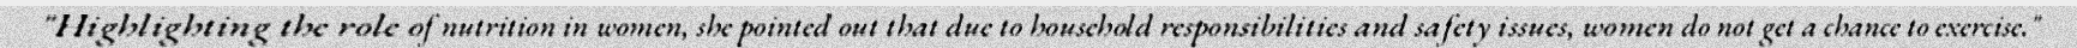
"Highlighting the role of nutrition in women, she pointed out that due to household responsibilities and safety issues, women do not get a chance to exercise."